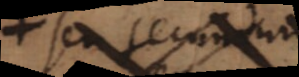
seu secundum